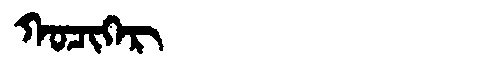
Manchu: ᡴᠣᠴᡳᡴᡝᡵ
Romanization: KOCIKER